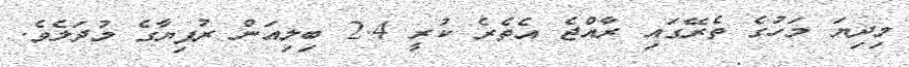
މިދިޔަ މަހުގެ ތެރޭގައި ރާއްޖެ އެތެރެ ކުރީ 2.4 ބިލިއަން ރުފިޔާގެ މުދަލެވެ.